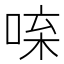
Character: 𠴬